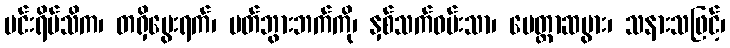
မင်းရိပ်သိက၊ တရှိမွေးရက်၊ မတ်ဘွားဘက်ကို၊ နှစ်သက်ဝမ်းသာ၊ မေတ္တာဆပွား၊ သနားသဖြင့်၊